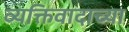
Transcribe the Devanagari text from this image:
व्यक्तिवादाच्या